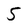
Character: 5